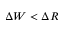
\Delta W < \Delta R